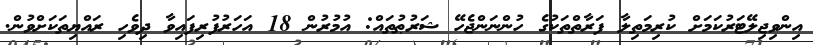
އިންވިޖިލޭޓަރުކަމަށް ކުރިމަތިލާ ފަރާތްތަކުގެ ހުންނަންޖެހޭ ޝަރުޠުތައް: އުމުރުން 18 އަހަރުފުރިފައިވާ ދިވެހި ރައްޔިތަކަށްވުން.